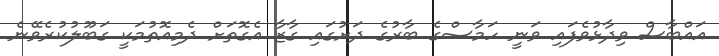
އައްބާސް ވިދާޅުވެފައި ވަނީ ހަމާސްގެ ބާރުގެ ދަށުގައި ގާޒާ އެގޮތަށް ދެމިއޮތުމަކީ ގަބޫލުކުރެވޭނެ